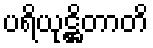
ပရိယုဋ္ဌိတာတိ